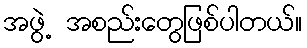
အဖွဲ့ အစည်းတွေဖြစ်ပါတယ်။